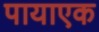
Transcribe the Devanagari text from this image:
पायाएक